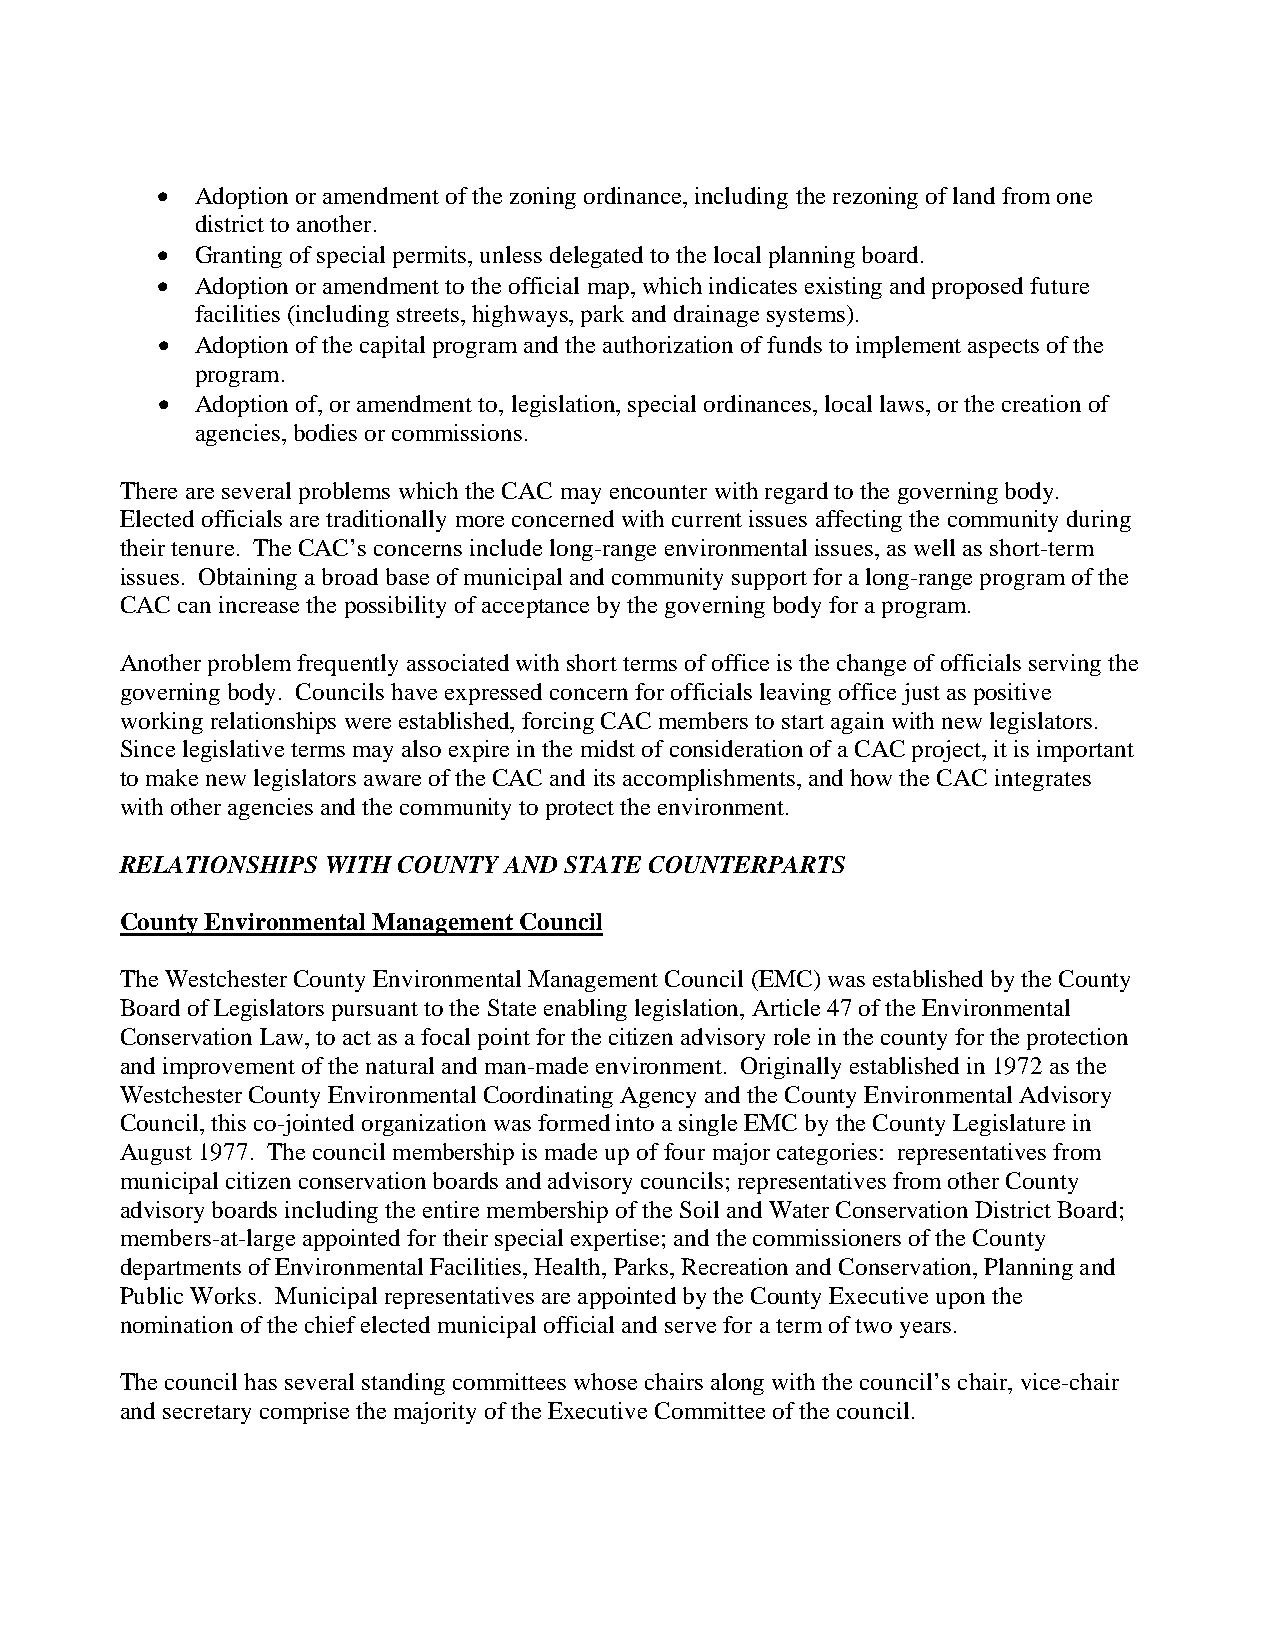
•  Adoption or amendment of the zoning ordinance, including the rezoning of land from one
 district to another.
 •  Granting of special permits, unless delegated to the local planning board.
 •  Adoption or amendment to the official map, which indicates existing and proposed future
 facilities (including streets, highways, park and drainage systems).
 •  Adoption of the capital program and the authorization of funds to implement aspects of the
 program.
 •  Adoption of, or amendment to, legislation, special ordinances, local laws, or the creation of
 agencies, bodies or commissions.
 There are several problems which the CAC may encounter with regard to the governing body.
 Elected officials are traditionally more concerned with current issues affecting the community during
 their tenure. The CAC’s concerns include long-range environmental issues, as well as short-term
 issues. Obtaining a broad base of municipal and community support for a long-range program of the
 CAC can increase the possibility of acceptance by the governing body for a program.
 Another problem frequently associated with short terms of office is the change of officials serving the
 governing body. Councils have expressed concern for officials leaving office just as positive
 working relationships were established, forcing CAC members to start again with new legislators.
 Since legislative terms may also expire in the midst of consideration of a CAC project, it is important
 to make new legislators aware of the CAC and its accomplishments, and how the CAC integrates
 with other agencies and the community to protect the environment.
 RELATIONSHIPS WITH COUNTY AND STATE COUNTERPARTS
 County Environmental Management Council
 The Westchester County Environmental Management Council (EMC) was established by the County
 Board of Legislators pursuant to the State enabling legislation, Article 47 of the Environmental
 Conservation Law, to act as a focal point for the citizen advisory role in the county for the protection
 and improvement of the natural and man-made environment. Originally established in 1972 as the
 Westchester County Environmental Coordinating Agency and the County Environmental Advisory
 Council, this co-jointed organization was formed into a single EMC by the County Legislature in
 August 1977. The council membership is made up of four major categories: representatives from
 municipal citizen conservation boards and advisory councils; representatives from other County
 advisory boards including the entire membership of the Soil and Water Conservation District Board;
 members-at-large appointed for their special expertise; and the commissioners of the County
 departments of Environmental Facilities, Health, Parks, Recreation and Conservation, Planning and
 Public Works. Municipal representatives are appointed by the County Executive upon the
 nomination of the chief elected municipal official and serve for a term of two years.
 The council has several standing committees whose chairs along with the council’s chair, vice-chair
 and secretary comprise the majority of the Executive Committee of the council.